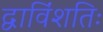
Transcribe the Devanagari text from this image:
द्वाविंशतिः